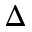
\Delta